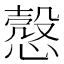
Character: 𢡱